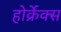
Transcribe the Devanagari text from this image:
होर्क्रेक्स